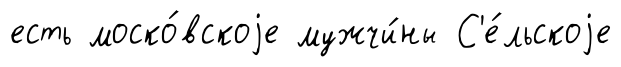
есть моско́вскоjе мужчи́ны С'е́льскоjе